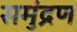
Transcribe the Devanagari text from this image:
समुंद्रण